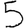
Digit: 5